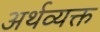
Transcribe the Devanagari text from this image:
अर्थव्यक्त